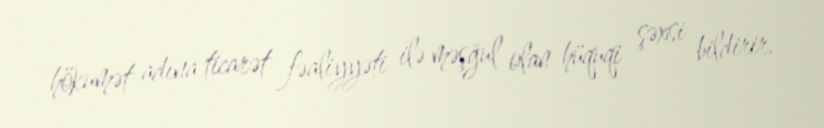
hökumət adına ticarət fəaliyyəti ilə məşğul olan hüquqi şəxsi bildirir.